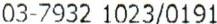
03-7932 1023/0191